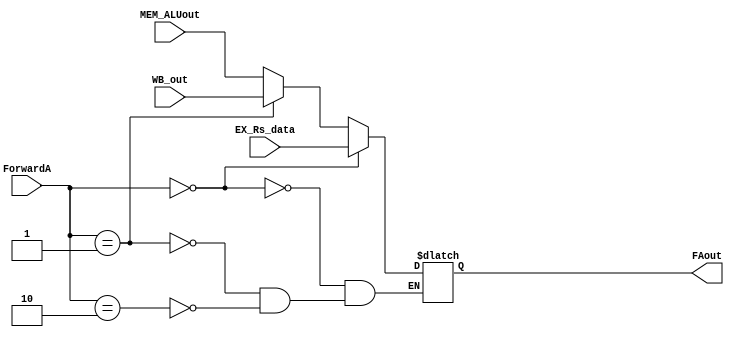
module ForwardA( //input
				  ForwardA, 
				  EX_Rs_data, 
				  WB_out, 
				  MEM_ALUout,
				 //output
				  FAout	
				  );

    parameter data_size = 32;
	
	input  [1:0]ForwardA;
	input  [data_size-1:0] EX_Rs_data,WB_out,MEM_ALUout;	
	
	output reg [data_size-1:0] FAout;
	
	initial begin
		FAout=0;
	end		
	
	always @ (*) begin

		     if(ForwardA==2'b00)begin
		         FAout<=EX_Rs_data;
		end		
		else if (ForwardA==2'b01)begin			
				FAout<=WB_out;
		end
		else if (ForwardA==2'b10)begin		
				FAout<=MEM_ALUout;				
		end	
		else begin 				
			$display("ForwardA=%b ",ForwardA);
		end
	end
	
endmodule